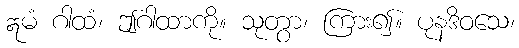
ဣမံ ဂါထံ၊ ဤဂါထာကို။ သုတွာ၊ ကြား၍။ ပုနဒိဝသေ၊